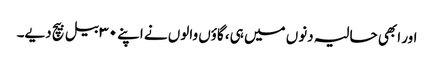
اور ابھی حالیہ دنوں میں ہی، گاؤں والوں نے اپنے ۳۰ بیل بیچ دیے۔